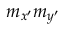
m _ { x ^ { \prime } } m _ { y ^ { \prime } }